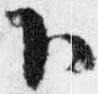
下